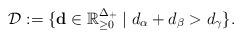
LaTeX: \begin{align*}\mathcal{D}:=\{\bold{d}\in\mathbb{R}_{\geq 0}^{\Delta_+}\mid d_\alpha+d_\beta>d_\gamma\}.\end{align*}